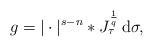
LaTeX: \begin{align*}g=|\cdot|^{s-n}\ast J_\tau^{\frac{1}{q}} \,\mathrm{d}\sigma,\end{align*}